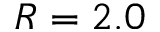
R = 2 . 0